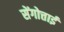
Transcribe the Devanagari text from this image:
सेंगोत्ताई